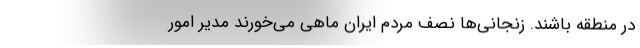
در منطقه باشند. زنجانی‌ها نصف مردم ایران ماهی‌ می‌خورند مدیر امور